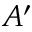
A ^ { \prime }